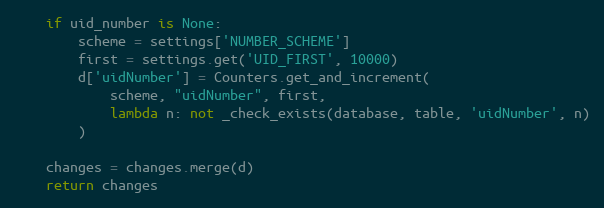
Language: Python
    if uid_number is None:
        scheme = settings['NUMBER_SCHEME']
        first = settings.get('UID_FIRST', 10000)
        d['uidNumber'] = Counters.get_and_increment(
            scheme, "uidNumber", first,
            lambda n: not _check_exists(database, table, 'uidNumber', n)
        )

    changes = changes.merge(d)
    return changes